Problem: 4 × 2 = ?
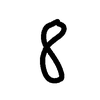
Handwritten answer: 8